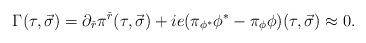
LaTeX: \begin{align*}\Gamma (\tau ,\vec \sigma ) =\partial_{\check r}\pi^{\check r}(\tau ,\vec\sigma )+ie (\pi_{\phi^{*}} \phi^{*}-\pi_{\phi} \phi )(\tau ,\vec \sigma )\approx 0.\end{align*}